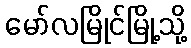
မော်လမြိုင်မြို့သို့